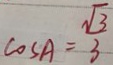
\cos A = \frac { \sqrt { 3 } } { 3 }